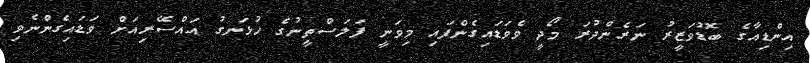
އިންޑިއާގެ ބޮޑުވަޒީރު ނަރެންދުރަ މޯދީ ވެވަޑައިގެންފައި މިވަނީ ފަލަސްތީނުގެ ހުޅަނގު އައްސޭރިއަށް ވަޑައިގެންނެވި